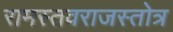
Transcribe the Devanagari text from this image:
रामस्तवराजस्तोत्र